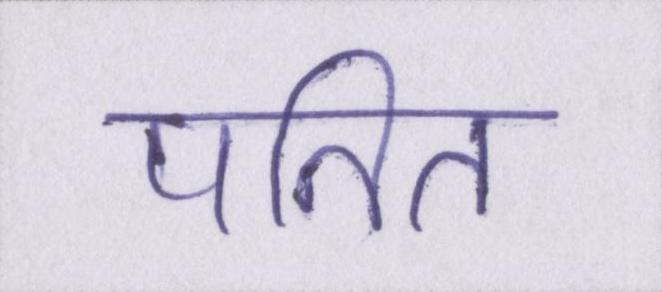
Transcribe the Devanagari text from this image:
पतित